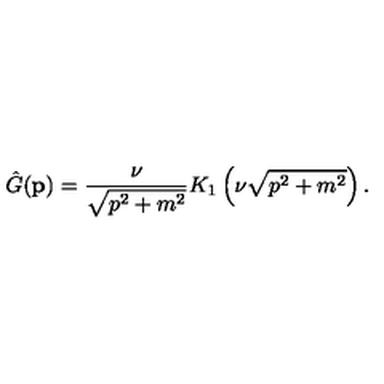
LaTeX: \hat { G } ( { \bf p } ) = { \frac { \nu } { \sqrt { p ^ { 2 } + m ^ { 2 } } } } K _ { 1 } \left( \nu \sqrt { p ^ { 2 } + m ^ { 2 } } \right) .